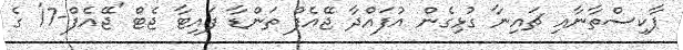
ޕާކިސްތާނާއި ޗައިނާ ގުޅިގެން އުފައްދާ ޖޭއެފް ތަންޑާ ފައިޓާ ޖެޓް 'ޖޭއެފް-17' ގެ